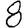
Digit: 8